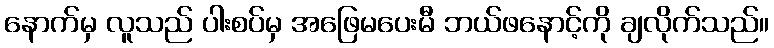
နောက်မှ လူသည် ပါးစပ်မှ အဖြေမပေးမီ ဘယ်ဖနောင့်ကို ချလိုက်သည်။